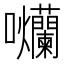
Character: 𭍗